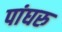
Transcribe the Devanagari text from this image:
पांघरु